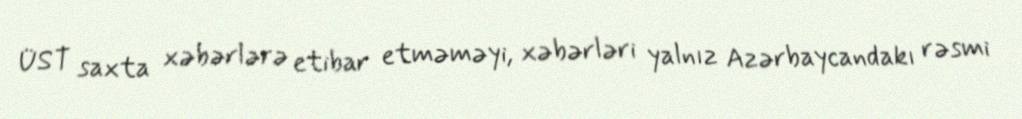
ÜST saxta xəbərlərə etibar etməməyi, xəbərləri yalnız Azərbaycandakı rəsmi